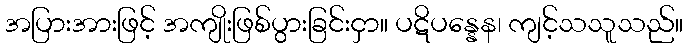
အပြားအားဖြင့် အကျိုးဖြစ်ပွားခြင်းငှာ။ ပဋိပန္နေန၊ ကျင့်သသူသည်။